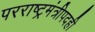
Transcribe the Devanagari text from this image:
परराष्ट्रमंत्रीपदही